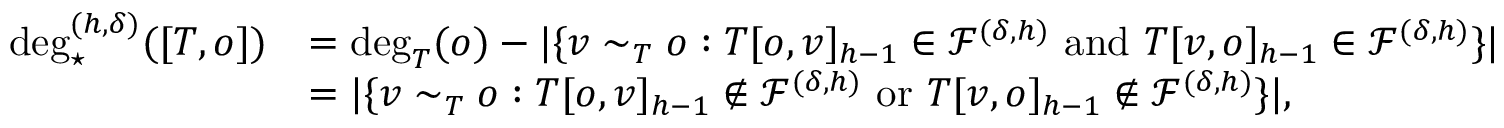
\begin{array} { r l } { \deg _ { \star } ^ { ( h , \delta ) } ( [ T , o ] ) } & { = \deg _ { T } ( o ) - | \{ v \sim _ { T } o : T [ o , v ] _ { h - 1 } \in \mathcal { F } ^ { ( \delta , h ) } \mathrm { ~ a n d ~ } T [ v , o ] _ { h - 1 } \in \mathcal { F } ^ { ( \delta , h ) } \} | } \\ & { = | \{ v \sim _ { T } o : T [ o , v ] _ { h - 1 } \notin \mathcal { F } ^ { ( \delta , h ) } \mathrm { ~ o r ~ } T [ v , o ] _ { h - 1 } \notin \mathcal { F } ^ { ( \delta , h ) } \} | , } \end{array}